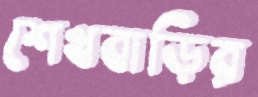
শেখবাড়ির